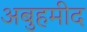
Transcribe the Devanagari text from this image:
अबुहमीद